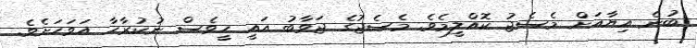
ބުނެ އިޔާއަށް މެސެޖު ކޮއްލީމެވެ. މެސެޖުގެ ޖަވާބު އައީ ހީވެސް ނުކުރާހާ އަވަހަށެވެ.